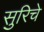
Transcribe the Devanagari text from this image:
सुरिचे